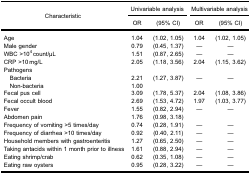
<table><thead><tr><td rowspan="3"><b>Characteristic</b></td><td colspan="2"><b>Univariable analysis</b></td><td colspan="2"><b>Multivariable analysis</b></td></tr><tr><td><b>OR</b></td><td><b>(95% CI)</b></td><td><b>OR</b></td><td><b>(95% CI)</b></td></tr></thead><tbody><tr><td>Age</td><td>1.04</td><td>(1.02, 1.05)</td><td>1.04</td><td>(1.02, 1.05)</td></tr><tr><td>Male gender</td><td>0.79</td><td>(0.45, 1.37)</td><td>—</td><td>—</td></tr><tr><td>WBC &gt;10<sup>4</sup> count/μL</td><td>1.51</td><td>(0.87, 2.65)</td><td>—</td><td>—</td></tr><tr><td>CRP &gt;10 mg/L</td><td>2.05</td><td>(1.18, 3.56)</td><td>2.04</td><td>(1.15, 3.62)</td></tr><tr><td colspan="5">Pathogens</td></tr><tr><td> Bacteria</td><td>2.21</td><td>(1.27, 3.87)</td><td>—</td><td>—</td></tr><tr><td> Non-bacteria</td><td>1.00</td><td> </td><td> </td><td> </td></tr><tr><td>Fecal pus cell</td><td>3.09</td><td>(1.78, 5.37)</td><td>2.04</td><td>(1.08, 3.86)</td></tr><tr><td>Fecal occult blood</td><td>2.69</td><td>(1.53, 4.72)</td><td>1.97</td><td>(1.03, 3.77)</td></tr><tr><td>Fever</td><td>1.55</td><td>(0.82, 2.94)</td><td>—</td><td>—</td></tr><tr><td>Abdomen pain</td><td>1.76</td><td>(0.98, 3.18)</td><td> </td><td> </td></tr><tr><td>Frequency of vomiting &gt;5 times/day</td><td>0.74</td><td>(0.28, 1.91)</td><td>—</td><td>—</td></tr><tr><td>Frequency of diarrhea &gt;10 times/day</td><td>0.92</td><td>(0.40, 2.11)</td><td>—</td><td>—</td></tr><tr><td>Household members with gastroenteritis</td><td>1.27</td><td>(0.65, 2.50)</td><td>—</td><td>—</td></tr><tr><td>Taking antacids within 1 month prior to illness</td><td>1.61</td><td>(0.88, 2.94)</td><td>—</td><td>—</td></tr><tr><td>Eating shrimp/crab</td><td>0.62</td><td>(0.35, 1.08)</td><td>—</td><td>—</td></tr><tr><td>Eating raw oysters</td><td>0.95</td><td>(0.28, 3.22)</td><td>—</td><td>—</td></tr></tbody></table>